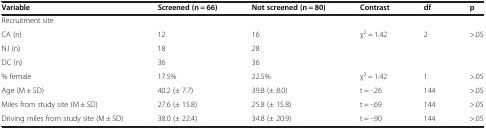
| Variable | Screened (n = 66) | Not screened (n = 80) | Contrast | df | p |
 | --- | --- | --- | --- | --- | --- |
 | Recruitment site |  |  |  |  |  |
 | CA (n) | 12 | 16 | χ2 = 1.42 | 2 | >.05 |
 | NJ (n) | 18 | 28 | <ROWSPAN=2>  | <ROWSPAN=2>  | <ROWSPAN=2>  |
 | DC (n) | 36 | 36 |
 | % female | 17.5% | 22.5% | χ2 = 1.42 | 1 | >.05 |
 | Age (M ± SD) | 40.2 (± 7.7) | 39.8 (± 8.0) | t = -.26 | 144 | >.05 |
 | Miles from study site (M ± SD) | 27.6 (± 15.8) | 25.8 (± 15.8) | t = -.69 | 144 | >.05 |
 | Driving miles from study site (M ± SD) | 38.0 (± 22.4) | 34.8 (± 20.9) | t = -.90 | 144 | >.05 |